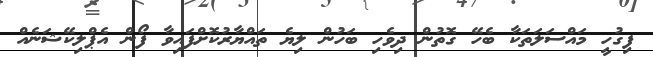
ފިގުހީ މައްސަލަތަކާ ބެހޭ ގޮތުން ދިވެހި ބަހުން ލިޔެ ތައްޔާރުކޮށްފައިވާ ފޯން އެޕްލިކޭޝަނެއް